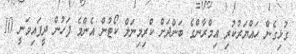
ގުޅިގެން ހައްޔަރުކުރި އިމްރާންގެ ބަންދަށް ކްރިމިނަލް ކޯޓުން އެންމެ ފަހުން ދީފައިވަނީ 10